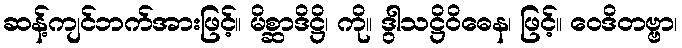
ဆန့်ကျင်ဘက်အားဖြင့်။ မိစ္ဆာဒိဋ္ဌိ၊ ကို။ ဒွါသဋ္ဌိဝိဓေန၊ ဖြင့်။ ဝေဒိတဗ္ဗာ၊